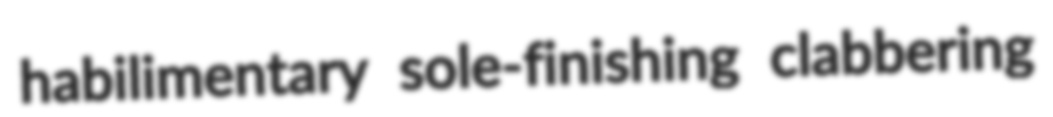
habilimentary sole-finishing clabbering